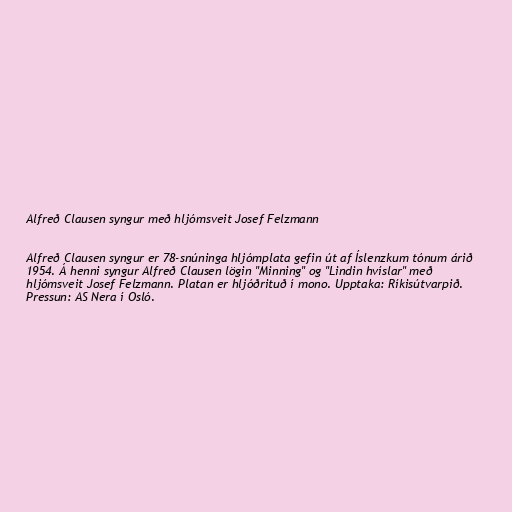
Alfreð Clausen syngur með hljómsveit Josef Felzmann

Alfreð Clausen syngur er 78-snúninga hljómplata gefin út af Íslenzkum tónum árið
1954. Á henni syngur Alfreð Clausen lögin "Minning" og "Lindin hvíslar" með
hljómsveit Josef Felzmann. Platan er hljóðrituð í mono. Upptaka: Ríkisútvarpið.
Pressun: AS Nera í Osló.